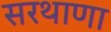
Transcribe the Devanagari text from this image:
सरथाणा